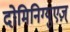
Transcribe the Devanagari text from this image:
दोमिनिग्युएज़्